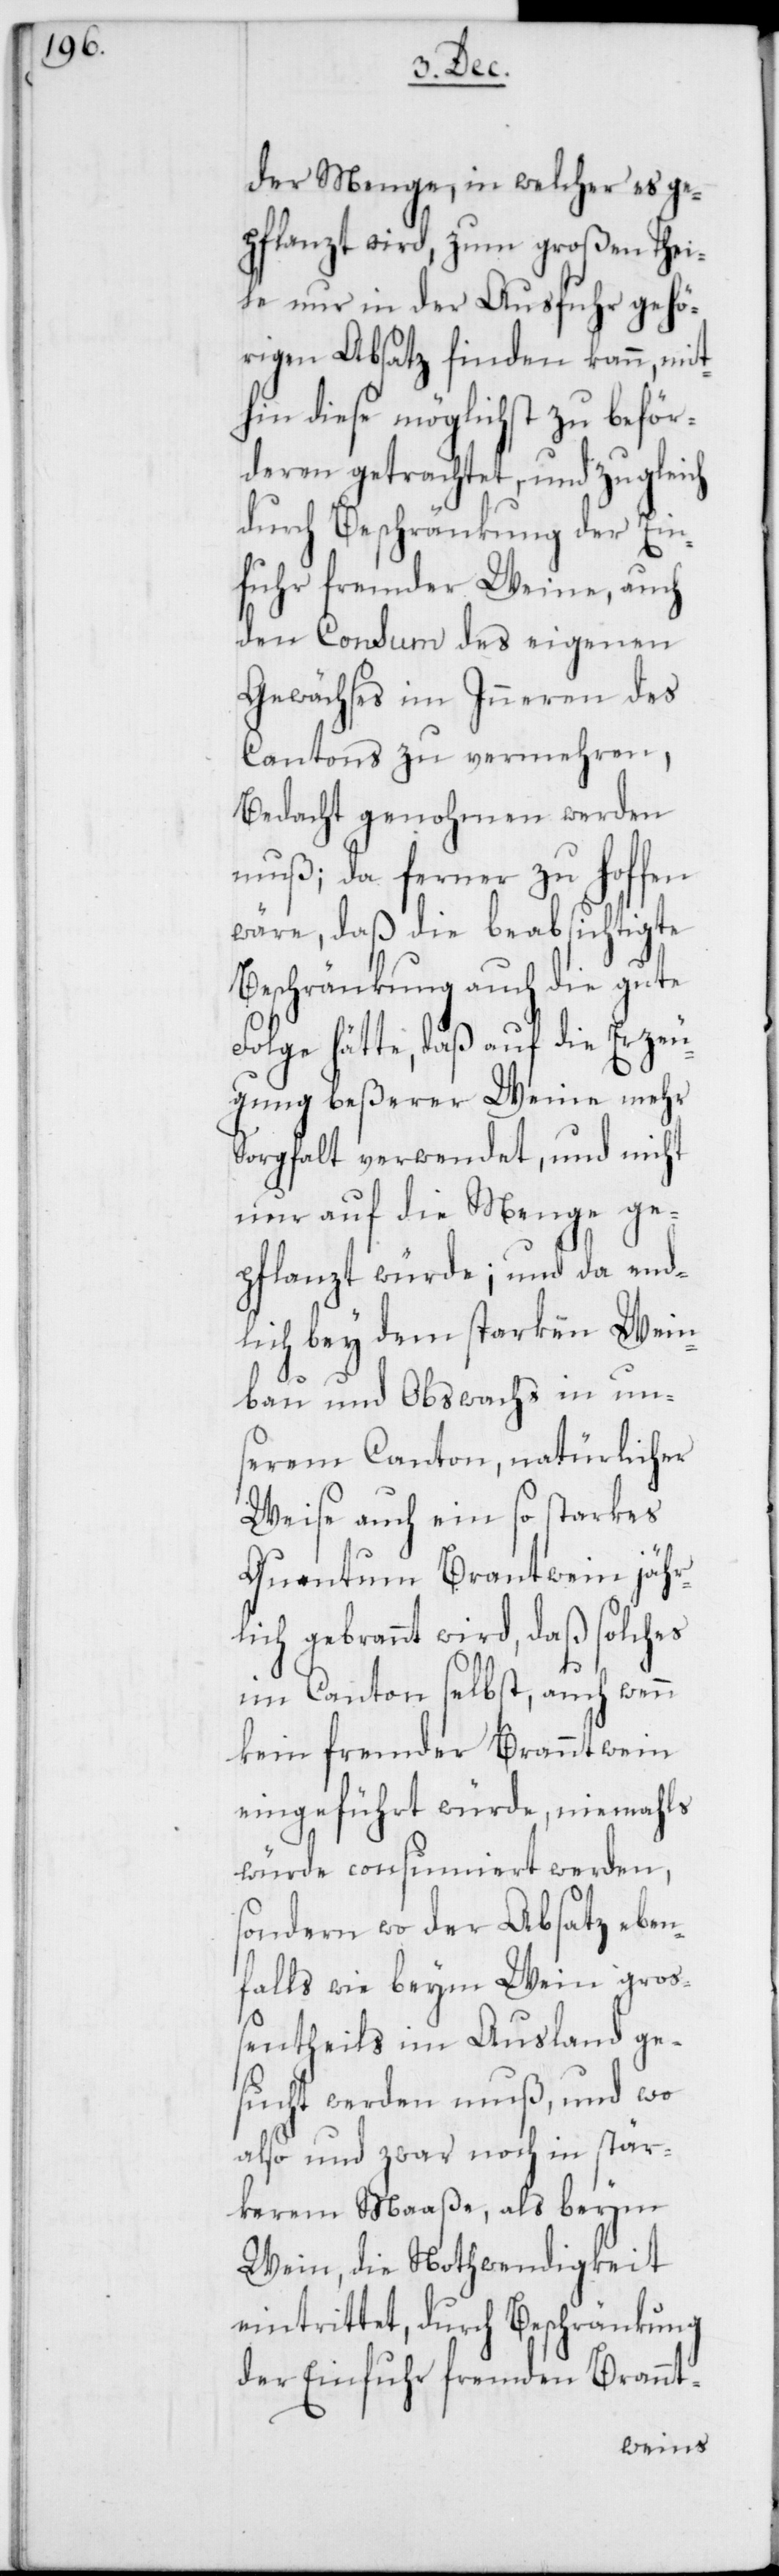
der Menge, in welcher es ge¬
pflanzt wird, zum großen Thei¬
le nur in der Ausfuhr gehö¬
rigen Absatz finden kann, mit¬
hin diese möglichst zu beför¬
deren getrachtet, und zugleich
durch Beschränkung der Ein¬
fuhr fremder Weine, auch
den Consum des eigenen
Gewächses im Inneren des
Cantons zu vermehren,
Bedacht genohmen werden
muß; da ferner zu hoffen
wäre, daß die beabsichtigte
Beschränkung auch die gute
Folge hätte, daß auf die Erzeu¬
gung beßerer Weine mehr
Sorgfalt verwendet, und nicht
nur auf die Menge ge¬
pflanzt würde; und da end¬
lich bey dem starken Wein¬
bau und Obs[t]wachs in un¬
serem Canton, natürlicher
Weise auch ein so starkes
Quantum Brantwein jähr¬
lich gebrannt wird, daß solches
im Canton selbst, auch wenn
kein fremder Branntwein
eingeführt würde, niemahls
würde consumiert werden,
sondern wo der Absatz eben¬
falls wie beym Wein groß¬
entheils im Ausland ge¬
sucht werden muß, und wo
also und zwar noch in stär¬
kerem Maaße, als beym
Wein, die Nothwendigkeit
eintrittet, durch Beschränkung
der Einfuhr fremden Brannt-